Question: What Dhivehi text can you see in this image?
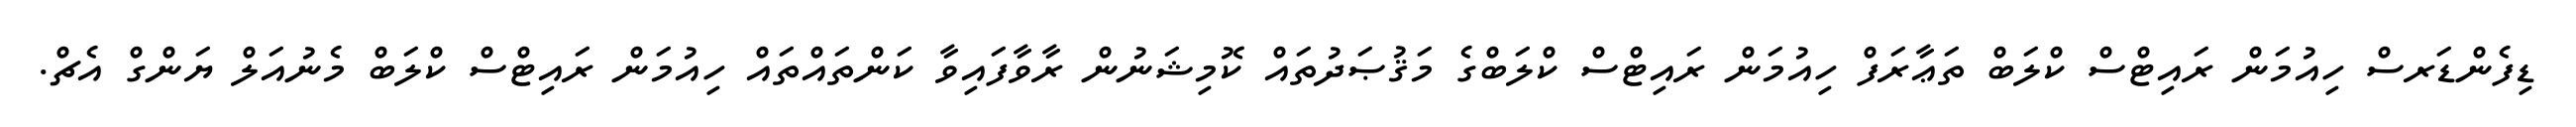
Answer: ޑިފެންޑަރސް ހިއުމަން ރައިޓްސް ކްލަބް ތަޢާރަފް ހިއުމަން ރައިޓްސް ކްލަބްގެ މަޤުޞަދުތައް ކޮމިޝަނުން ރާވާފައިވާ ކަންތައްތައް ހިއުމަން ރައިޓްސް ކްލަބް މެނުއަލް ޔަންގް އެޗް.